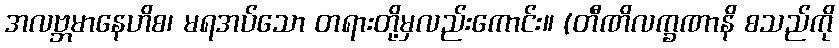
အလဗ္ဘမာနေဟိစ၊ မရအပ်သော တရားတို့မှလည်းကောင်း။ (တီဏိလက္ခဏာနိ စသည်ကို